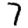
Digit: 7